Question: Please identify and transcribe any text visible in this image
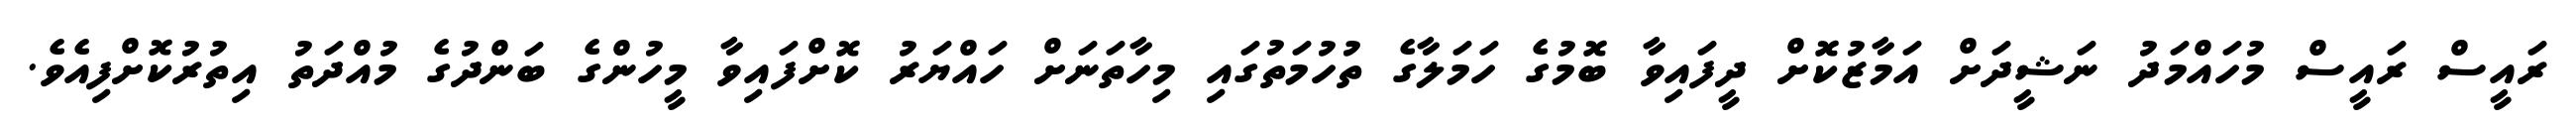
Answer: ރައީސް ރައީސް މުހައްމަދު ނަޝީދަށް އަމާޒުކޮށް ދީފައިވާ ބޮމުގެ ހަމަލާގެ ތުހުމަތުގައި މިހާތަނަށް ހައްޔަރު ކޮށްފައިވާ މީހުންގެ ބަންދުގެ މުއްދަތު އިތުރުކޮށްފިއެވެ.